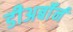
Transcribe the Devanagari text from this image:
डीअर्बॉर्न